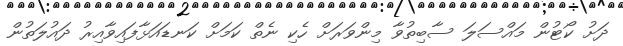
ދަށު ކޯޓުން މައްސަލަ ސާބިތުވާ މިންވަރަށް ހެކި ނެތް ކަމަށް ކަނޑައަޅާފައިވާއިރު ދައުލަތުން